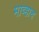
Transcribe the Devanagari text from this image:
माव्हाच